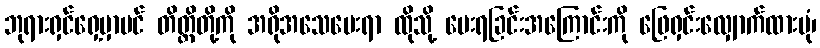
ဘုရားရှင်ရှေ့မှာပင် တိတ္ထိတို့ကို အရိုအသေပေးရာ ထိုသို့ ပေးရခြင်းအကြောင်းကို ဖြေရှင်းလျှောက်ထားပုံ၊